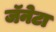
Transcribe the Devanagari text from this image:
जॅनेटा